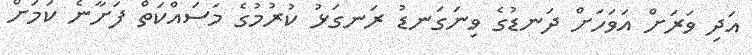
އަދި ވަރަށް އަވަހަށް ދަނޑުގެ ވިނަގަނޑު ރަނގަޅު ކުރުމުގެ މަސައްކަތް ފަށާނެ ކަމަށް